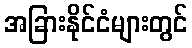
အခြားနိုင်ငံများတွင်